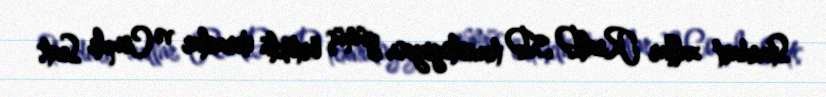
Standart zallar RealD 3D texnologiyası, gümüş örtüklü ekranlar və Couple Seats